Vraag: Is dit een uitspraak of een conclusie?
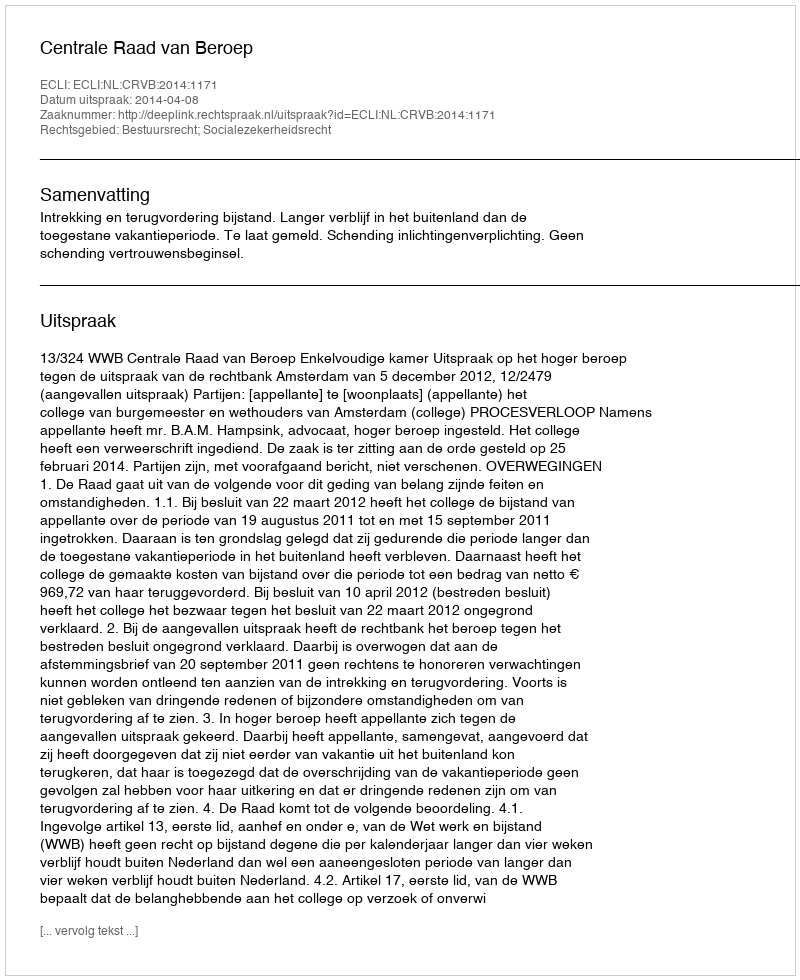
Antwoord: Uitspraak